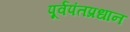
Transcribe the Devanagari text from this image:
पूर्वपंतप्रधान